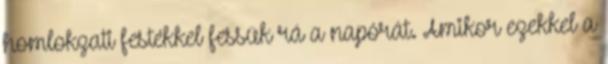
homlokzati festékkel fessük rá a napórát. Amikor ezekkel a